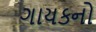
ગાયકનો